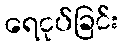
ရေငုပ်ခြင်း